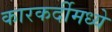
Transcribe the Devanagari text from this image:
कारकर्दीमध्ये